画像に写った文字を読んでください
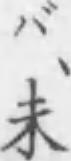
「バ、未」と書いてあります